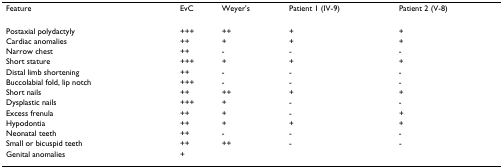
<table><thead><tr><td><b>Feature</b></td><td><b>EvC</b></td><td><b>Weyer&#x27;s</b></td><td><b>Patient 1 (IV-9)</b></td><td><b>Patient 2 (V-8)</b></td></tr></thead><tbody><tr><td>Postaxial polydactyly</td><td>+++</td><td>++</td><td>+</td><td>+</td></tr><tr><td>Cardiac anomalies</td><td>++</td><td>+</td><td>+</td><td>+</td></tr><tr><td>Narrow chest</td><td>++</td><td>-</td><td>-</td><td>-</td></tr><tr><td>Short stature</td><td>+++</td><td>+</td><td>+</td><td>+</td></tr><tr><td>Distal limb shortening</td><td>++</td><td>-</td><td>-</td><td>-</td></tr><tr><td>Buccolabial fold, lip notch</td><td>+++</td><td>-</td><td>-</td><td>-</td></tr><tr><td>Short nails</td><td>++</td><td>++</td><td>+</td><td>+</td></tr><tr><td>Dysplastic nails</td><td>+++</td><td>+</td><td>-</td><td>-</td></tr><tr><td>Excess frenula</td><td>++</td><td>+</td><td>-</td><td>+</td></tr><tr><td>Hypodontia</td><td>++</td><td>+</td><td>+</td><td>+</td></tr><tr><td>Neonatal teeth</td><td>++</td><td>-</td><td>-</td><td>-</td></tr><tr><td>Small or bicuspid teeth</td><td>++</td><td>++</td><td>-</td><td>-</td></tr><tr><td>Genital anomalies</td><td>+</td><td></td><td></td><td></td></tr></tbody></table>